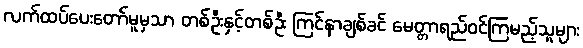
လက်ထပ်ပေးတော်မူမှသာ တစ်ဦးနှင့်တစ်ဦး ကြင်နာချစ်ခင် မေတ္တာရည်ဝင်ကြမည့်သူများ